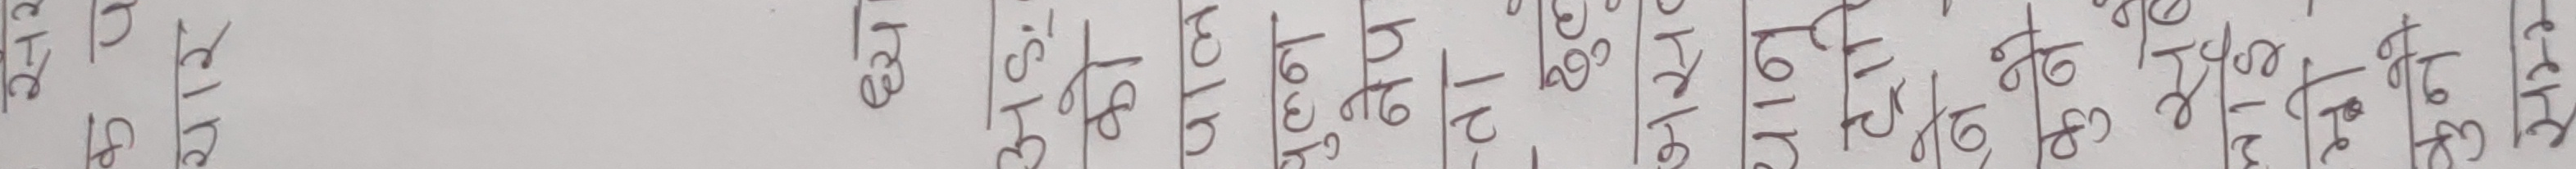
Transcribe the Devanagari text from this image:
१४ १८ २२ २८ ३० ३४ ३८ ४० ४४ ४८ ५० ५४ ५८ ६० ६४ ६८